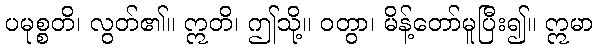
ပမုစ္စတိ၊ လွတ်၏။ ဣတိ၊ ဤသို့။ ဝတွာ၊ မိန့်တော်မူပြီး၍။ ဣမာ